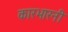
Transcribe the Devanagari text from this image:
कारभारनी